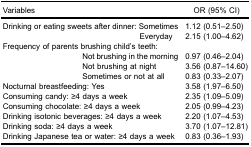
<table><thead><tr><td><b>Variables</b></td><td><b>OR (95% CI)</b></td></tr></thead><tbody><tr><td>Drinking or eating sweets after dinner: Sometimes</td><td>1.12 (0.51–2.50)</td></tr><tr><td>Everyday</td><td>2.15 (1.00–4.62)</td></tr><tr><td>Frequency of parents brushing child’s teeth: </td><td> </td></tr><tr><td>Not brushing in the morning</td><td>0.97 (0.46–2.04)</td></tr><tr><td>Not brushing at night</td><td>3.56 (0.87–14.60)</td></tr><tr><td>Sometimes or not at all</td><td>0.83 (0.33–2.07)</td></tr><tr><td>Nocturnal breastfeeding: Yes</td><td>3.58 (1.97–6.50)</td></tr><tr><td>Consuming candy: ≥4 days a week</td><td>2.35 (1.09–5.09)</td></tr><tr><td>Consuming chocolate: ≥4 days a week</td><td>2.05 (0.99–4.23)</td></tr><tr><td>Drinking isotonic beverages: ≥4 days a week</td><td>2.20 (1.07–4.53)</td></tr><tr><td>Drinking soda: ≥4 days a week</td><td>3.70 (1.07–12.81)</td></tr><tr><td>Drinking Japanese tea or water: ≥4 days a week</td><td>0.83 (0.36–1.93)</td></tr></tbody></table>